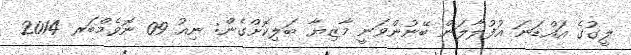
ލީގުގެ އައްޑަނަ އުފުލާލަން ބޭނުންވަނީ މާޒިޔާ ބަލިކޮށްގެން: ނިއު 09 ނޮވެމްބަރ 2014